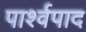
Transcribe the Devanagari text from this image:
पार्श्वपाद